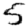
Digit: 5